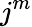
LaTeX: j^{m}